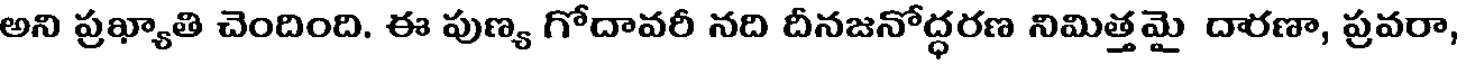
అని ప్రఖ్యాతి చెందింది. ఈ పుణ్య గోదావరీ నది దీనజనోద్ధరణ నిమిత్తమై దారణా, ప్రవరా,